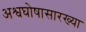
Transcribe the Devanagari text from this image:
अश्वघोषासारख्या